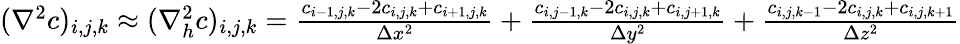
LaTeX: \begin{array}{r}{(\nabla^{2}c)_{i,j,k}\approx(\nabla_{h}^{2}c)_{i,j,k}=\frac{c_{i-1,j,k}-2c_{i,j,k}+c_{i+1,j,k}}{\Delta x^{2}}+\frac{c_{i,j-1,k}-2c_{i,j,k}+c_{i,j+1,k}}{\Delta y^{2}}+\frac{c_{i,j,k-1}-2c_{i,j,k}+c_{i,j,k+1}}{\Delta z^{2}}}\end{array}